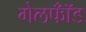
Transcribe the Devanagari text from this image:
गेलफॉँड